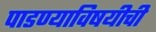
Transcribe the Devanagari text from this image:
पाडण्याविषयीची